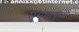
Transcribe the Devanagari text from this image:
सुरांमागच्या